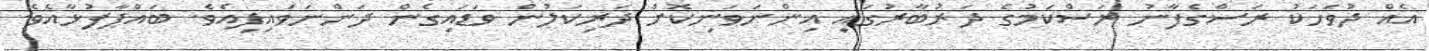
އެއް ދުވަހަކު ރަސްގެފާނު ރަސްކަމުގެ ދަރުބާރުގައި އިންނަވަނިކޮށް ދަރިކަލުން ވަޑައިގެން ދަންނަވައިފިއެވެ. ބައްޕާފުޅާއެވެ.